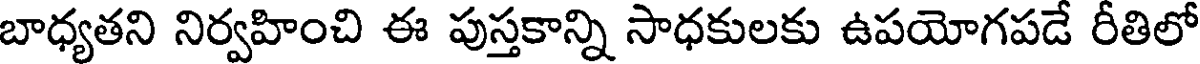
బాధ్యతని నిర్వహించి ఈ పుస్తకాన్ని సాధకులకు ఉపయోగపడే రీతిలో